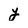
Character: y